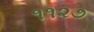
૧૧૨૭